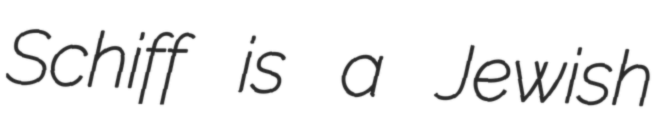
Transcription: Schiff is a Jewish